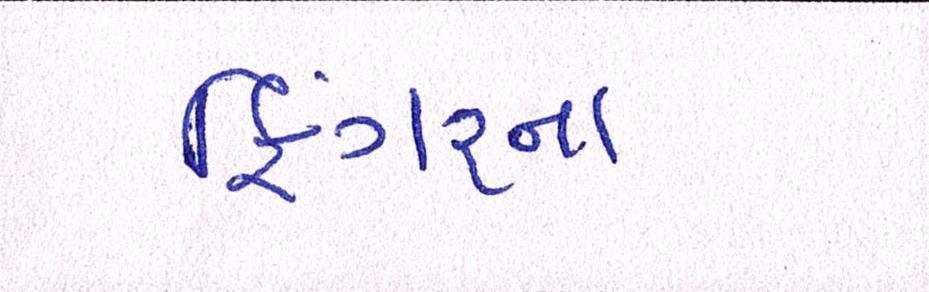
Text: ફિંગરના